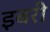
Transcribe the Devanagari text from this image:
इबरी